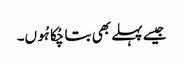
جیسے پہلے بھی بتا چُکا ہُوں۔